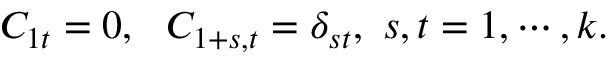
C _ { 1 t } = 0 , ~ ~ C _ { 1 + s , t } = \delta _ { s t } , ~ s , t = 1 , \cdots , k .